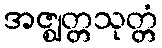
အဇ္ဈတ္တသုတ္တံ